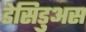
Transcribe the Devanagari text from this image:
डेसिडुअस